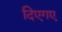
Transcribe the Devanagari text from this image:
दिएगए